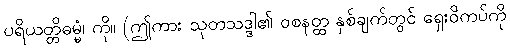
ပရိယတ္တိဓမ္မံ၊ ကို။ (ဤကား သုတသဒ္ဒါ၏ ဝစနတ္ထ နှစ်ချက်တွင် ရှေးဝိကပ်ကို